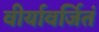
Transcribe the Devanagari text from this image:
वीर्यावर्जितं